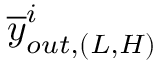
\overline { { y } } _ { o u t , ( L , H ) } ^ { i }